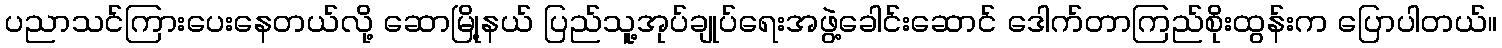
ပညာသင်ကြားပေးနေတယ်လို့ ဆောမြို့နယ် ပြည်သူ့အုပ်ချုပ်ရေးအဖွဲ့ခေါင်းဆောင် ဒေါက်တာကြည်စိုးထွန်းက ပြောပါတယ်။